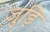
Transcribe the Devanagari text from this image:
जुड़ि